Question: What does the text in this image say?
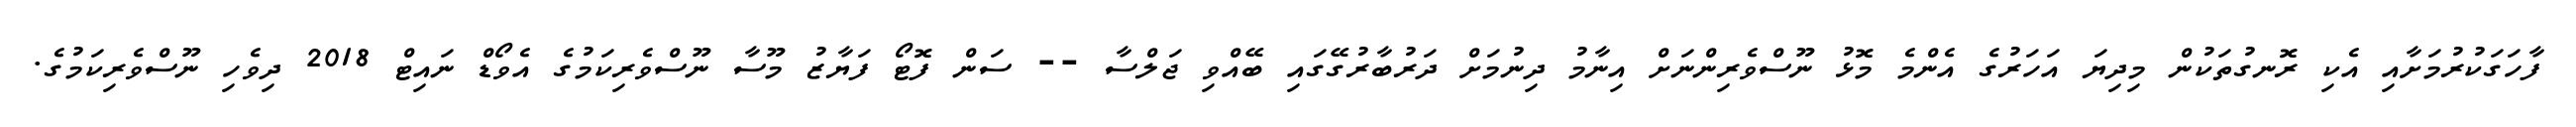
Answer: ފާހަގަކުރުމަށާއި އެކި ރޮނގުތަކުން މިދިޔަ އަހަރުގެ އެންމެ މޮޅު ނޫސްވެރިންނަށް އިނާމު ދިނުމަށް ދަރުބާރުގޭގައި ބޭއްވި ޖަލްސާ -- ސަން ފޮޓޯ ފަޔާޒު މޫސާ ނޫސްވެރިކަމުގެ އެވޯޑް ނައިޓް 2018 ދިވެހި ނޫސްވެރިކަމުގެ.